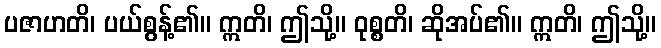
ပဇာဟတိ၊ ပယ်စွန့်၏။ ဣတိ၊ ဤသို့။ ဝုစ္စတိ၊ ဆိုအပ်၏။ ဣတိ၊ ဤသို့။